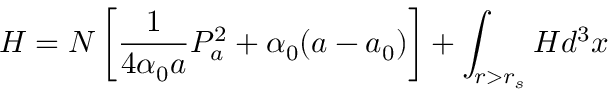
H = N \left[ \frac { 1 } { 4 \alpha _ { 0 } a } P _ { a } ^ { 2 } + \alpha _ { 0 } ( a - a _ { 0 } ) \right] + \int _ { r > r _ { s } } { \cal H } d ^ { 3 } x